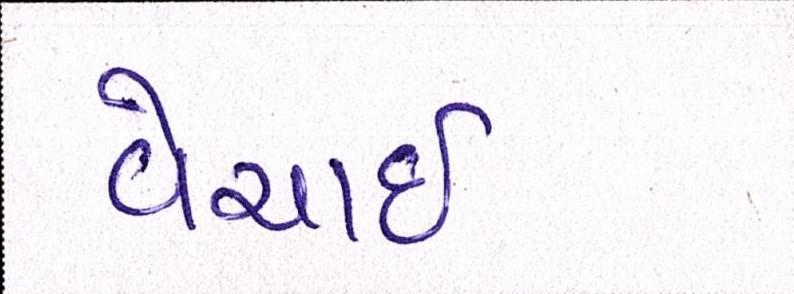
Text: વેચાઈ